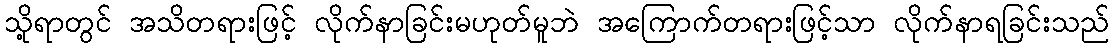
သို့ရာတွင် အသိတရားဖြင့် လိုက်နာခြင်းမဟုတ်မူဘဲ အကြောက်တရားဖြင့်သာ လိုက်နာရခြင်းသည်